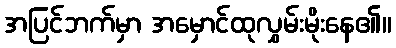
အပြင်ဘက်မှာ အမှောင်ထုလွှမ်းမိုးနေ၏။